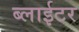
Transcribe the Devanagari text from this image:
ब्लाईटर